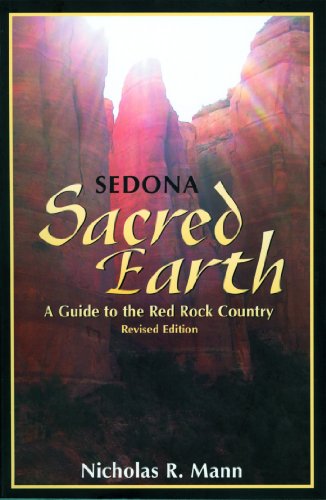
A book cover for Sedona, Sacred Earth: A Guide to the Red Rock Country; Nicholas R. Mann; Religion & Spirituality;